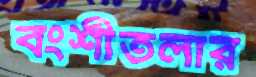
বংশীতলার